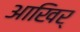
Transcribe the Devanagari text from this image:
आखिर्